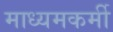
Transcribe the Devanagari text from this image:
माध्यमकर्मी